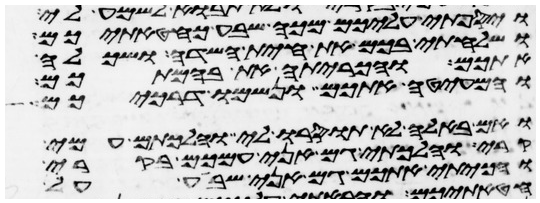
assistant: ויספתי עליכם מכה שבע כחטאתיכם
ושלחתי בכם את חית השדה ושכלה
אתכם והכריתה את בהמתכם
והמעיטה אתכם ונשמו דרככם
ואם באלה לא תוסרו לי והלכתם עמי
קרי והלכתי גם אני עמכם בקרי
והכיתי אתכם גם אני שבע על